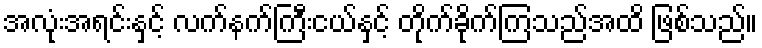
အလုံးအရင်းနှင့် လက်နက်ကြီးငယ်နှင့် တိုက်ခိုက်ကြသည်အထိ ဖြစ်သည်။